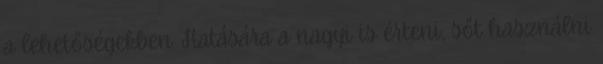
a lehetőségekben. Hatására a nagyi is érteni, sőt használni